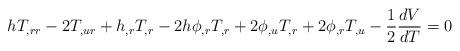
LaTeX: \begin{align*}h T_{,rr}-2T_{,ur}+h_{,r}T_{,r}-2h\phi_{,r}T_{,r}+2\phi_{,u}T_{,r}+2\phi_{,r}T_{,u}-\frac 1 2 \frac {dV} {dT} =0 \end{align*}